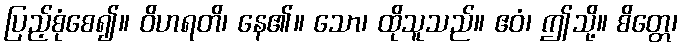
ပြည့်စုံစေ၍။ ဝိဟရတိ၊ နေ၏။ သော၊ ထိုသူသည်။ ဧဝံ၊ ဤသို့။ စိတ္တေ၊